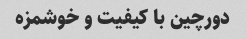
دورچین با کیفیت و خوشمزه